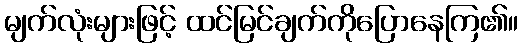
မျက်လုံးများဖြင့် ထင်မြင်ချက်ကိုပြောနေကြ၏။